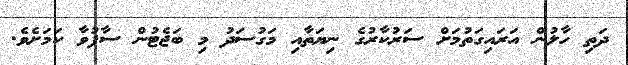
ދަތި ހާލުން އަރައިގަތުމަށް ސަރުކާރުގެ ނިޔަތާއި މަގުސަދު މި ބަޖެޓުން ސާފުވާ ކަމަށެވެ.